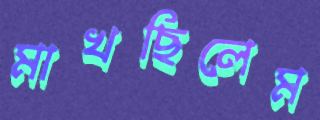
মাখছিলেম